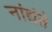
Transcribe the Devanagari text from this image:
नांद्यंते